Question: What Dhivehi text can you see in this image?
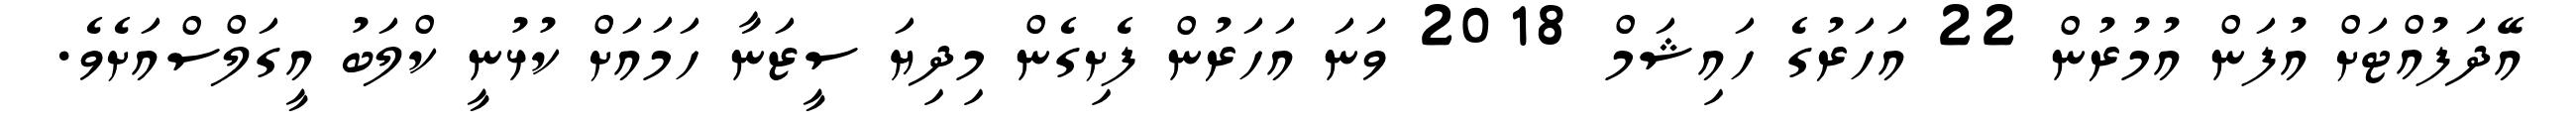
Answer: އޭދަފުއްޓަށް އުފަން އުމުރުން 22 އަހަރުގެ ހައިޝަމް 2018 ވަނަ އަހަރުން ފެށިގެން މިދިޔަ ސީޒަނާ ހަމައަށް ކުޅުނީ ކްލަބު އީގަލްސްއަށެވެ.